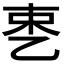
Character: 𬼥